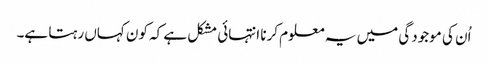
اُن کی موجودگی میں یہ معلوم کرنا انتہائی مشکل ہے کہ کون کہاں رہتا ہے۔